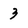
Character: 3